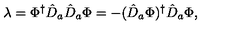
\lambda = \Phi ^ { \dag } \hat { D } _ { a } \hat { D } _ { a } \Phi = - ( \hat { D } _ { a } \Phi ) ^ { \dag } \hat { D } _ { a } \Phi ,